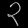
Digit: ၃